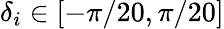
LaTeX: \delta_{i}\in[-\pi/20,\pi/20]